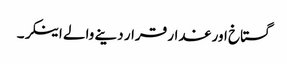
گستاخ اور غدار قرار دینے والے اینکر۔